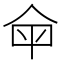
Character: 𤰒